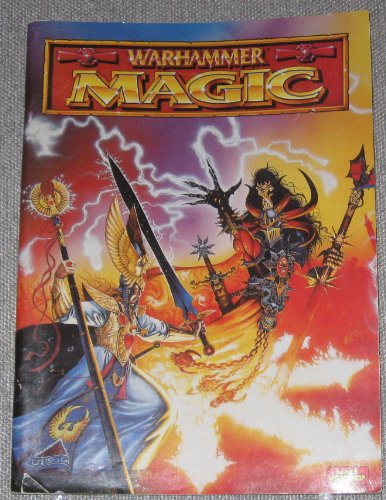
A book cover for Warhammer Magic; Rick Priestley; Science Fiction & Fantasy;